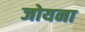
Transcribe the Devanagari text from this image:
जोयना